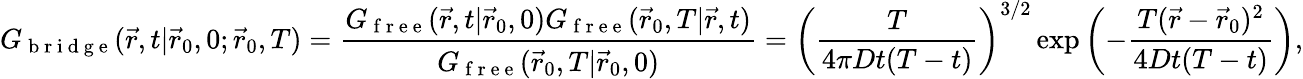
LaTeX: G_{\mathrm{~b~r~i~d~g~e~}}(\vec{r},t|\vec{r}_{0},0;\vec{r}_{0},T)=\frac{G_{\mathrm{~f~r~e~e~}}(\vec{r},t|\vec{r}_{0},0)G_{\mathrm{~f~r~e~e~}}(\vec{r}_{0},T|\vec{r},t)}{G_{\mathrm{~f~r~e~e~}}(\vec{r}_{0},T|\vec{r}_{0},0)}=\left(\frac{T}{4\pi Dt(T-t)}\right)^{3/2}\exp\left(-\frac{T(\vec{r}-\vec{r}_{0})^{2}}{4Dt(T-t)}\right),